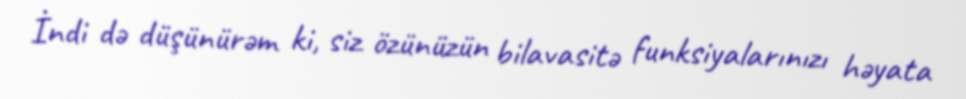
İndi də düşünürəm ki, siz özünüzün bilavasitə funksiyalarınızı həyata